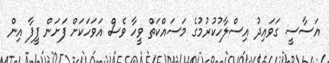
އަސާސީ ގަވައިދު އިސްލާހުކުރުމުގެ މަސައްކަތް ވީހާ ވެސް އަވަހަކަށް ފަށަން ފީފާ އިން